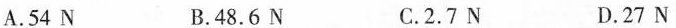
A.54 B.48.6N C.2.7N D.27N